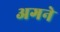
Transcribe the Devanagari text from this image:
अगने